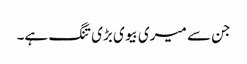
جن سے میری بیوی بڑی تنگ ہے۔